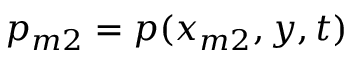
p _ { m 2 } = p ( x _ { m 2 } , y , t )